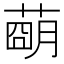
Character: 𦹩